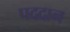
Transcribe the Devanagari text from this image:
पददान